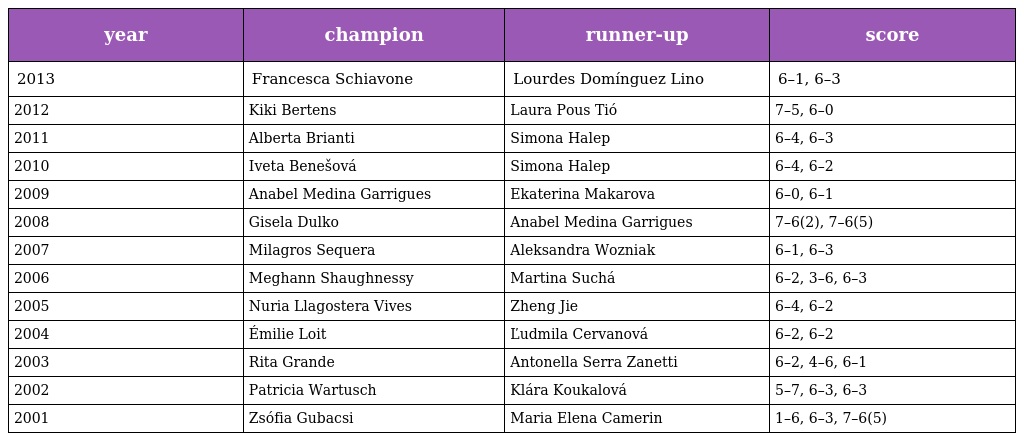
| year | champion | runner-up | score |
 | --- | --- | --- | --- |
 | 2013 | Francesca Schiavone | Lourdes Domínguez Lino | 6–1, 6–3 |
 | 2012 | Kiki Bertens | Laura Pous Tió | 7–5, 6–0 |
 | 2011 | Alberta Brianti | Simona Halep | 6–4, 6–3 |
 | 2010 | Iveta Benešová | Simona Halep | 6–4, 6–2 |
 | 2009 | Anabel Medina Garrigues | Ekaterina Makarova | 6–0, 6–1 |
 | 2008 | Gisela Dulko | Anabel Medina Garrigues | 7–6(2), 7–6(5) |
 | 2007 | Milagros Sequera | Aleksandra Wozniak | 6–1, 6–3 |
 | 2006 | Meghann Shaughnessy | Martina Suchá | 6–2, 3–6, 6–3 |
 | 2005 | Nuria Llagostera Vives | Zheng Jie | 6–4, 6–2 |
 | 2004 | Émilie Loit | Ľudmila Cervanová | 6–2, 6–2 |
 | 2003 | Rita Grande | Antonella Serra Zanetti | 6–2, 4–6, 6–1 |
 | 2002 | Patricia Wartusch | Klára Koukalová | 5–7, 6–3, 6–3 |
 | 2001 | Zsófia Gubacsi | Maria Elena Camerin | 1–6, 6–3, 7–6(5) |